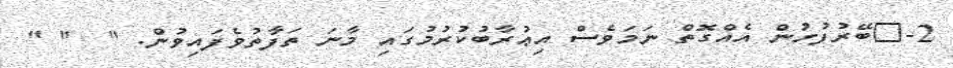
2-	ބޭރުފުށުން އެއްގޮތް ނަމަވެސް އިޢުރާބުކުރުމުގައި މާނަ ތަފާތުވެފައިވުން. "  " "